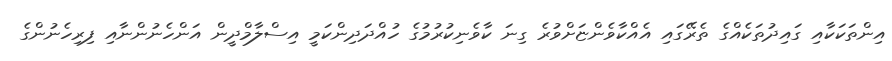
އިންތަކަކާއި ގައިދުތަކެއްގެ ތެރޭގައި އެއްކާވެންޏަށްވުރެ ގިނަ ކާވެނިކުރުމުގެ ހުއްދަދިންކަމީ އިސްލާމްދީން އަންހެނުންނާއި ފިރިހެނުންގެ